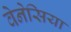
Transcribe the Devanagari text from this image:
वेनेसिया